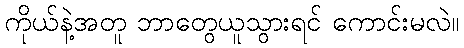
ကိုယ်နဲ့အတူ ဘာတွေယူသွားရင် ကောင်းမလဲ။